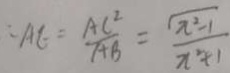
\therefore A E = \frac { A C ^ { 2 } } { A B } = \frac { \sqrt { x ^ { 2 } - 1 } } { x ^ { 2 } + 1 }